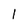
Character: 1